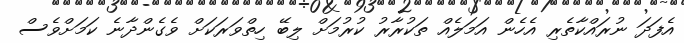
އެފަދަ ނުރައްކާތެރި އެހެން އަމަލެއް ތަކުރާރު ކުރުމަށް ލިބޭ ހިތްވަރަކަށް ވެގެންދާނެ ކަމަށްވެސް